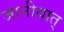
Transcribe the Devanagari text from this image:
जानीयात्